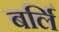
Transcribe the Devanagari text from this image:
बर्लि